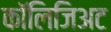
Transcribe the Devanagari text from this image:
कॉलिजिअट